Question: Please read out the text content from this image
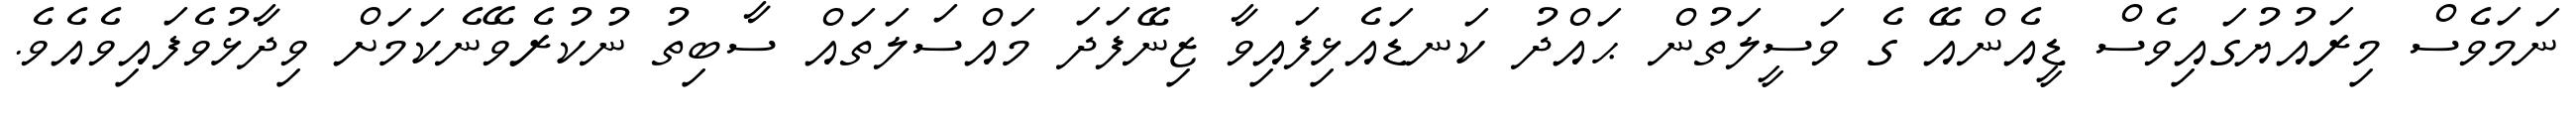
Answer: ނަމަވެސް މިރައުޔުގައިވެސް ޑީއެންއޭ ގެ ވަސީލަތުން ޙައްދު ކަނޑައެޅިފައިވާ ޒިނޭފަދަ މައްސަލަތައް ސާބިތު ނުކުރެވޭނެކަމަށް ވިދާޅުވެފައިވެއެވެ.